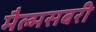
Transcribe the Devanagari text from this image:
मैल्मसबरी